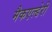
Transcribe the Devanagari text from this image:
मैकएल्डेरी